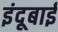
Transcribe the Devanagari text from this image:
इंदूबाई